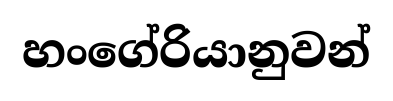
හංගේරියානුවන්